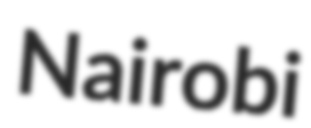
Nairobi